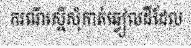
ករណីស្នើសុំកាត់ឆ្វៀលដីដែល